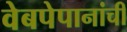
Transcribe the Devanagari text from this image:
वेबपेपानांची